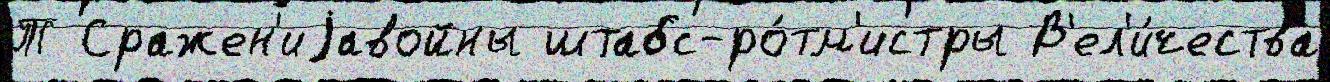
Т Сражен'иjавойны штабс-ро́тм'истры В'ел'и́чества